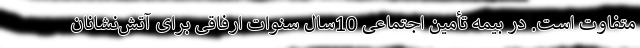
متفاوت است. در بیمه تأمین اجتماعی 10سال سنوات ارفاقی برای آتش‌نشانان